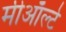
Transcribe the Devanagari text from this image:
मीऑल्टे